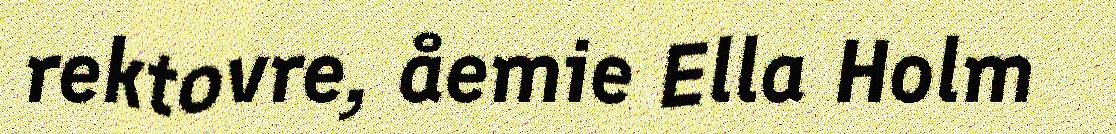
rektovre, åemie Ella Holm